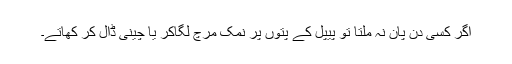
اگر کسی دن پان نہ ملتا تو پیپل کے پتوں پر نمک مرچ لگاکر یا چینی ڈال کر کھاتے۔